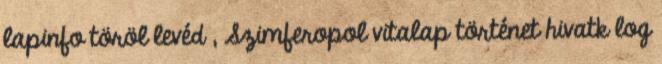
lapinfo töröl levéd , Szimferopol vitalap történet hivatk log